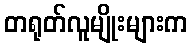
တရုတ်လူမျိုးများက